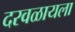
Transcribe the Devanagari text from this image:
दरवळायला